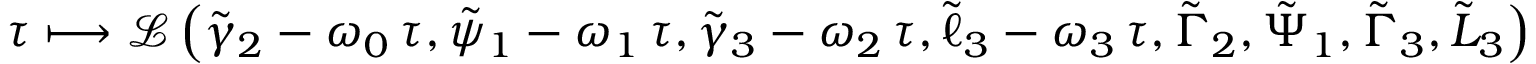
\tau \longmapsto \mathcal { L } \left( \tilde { \gamma } _ { 2 } - \omega _ { 0 } \, \tau , \tilde { \psi } _ { 1 } - \omega _ { 1 } \, \tau , \tilde { \gamma } _ { 3 } - \omega _ { 2 } \, \tau , \tilde { \ell } _ { 3 } - \omega _ { 3 } \, \tau , \tilde { \Gamma } _ { 2 } , \tilde { \Psi } _ { 1 } , \tilde { \Gamma } _ { 3 } , \tilde { L } _ { 3 } \right)